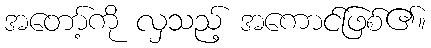
အတော့်ကို လှသည့် အကောင်ဖြစ်၏။